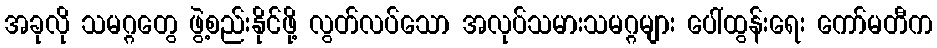
အခုလို သမဂ္ဂတွေ ဖွဲ့စည်းနိုင်ဖို့ လွတ်လပ်သော အလုပ်သမားသမဂ္ဂများ ပေါ်ထွန်းရေး ကော်မတီက